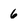
Character: 6